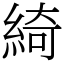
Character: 綺